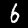
Digit: 6